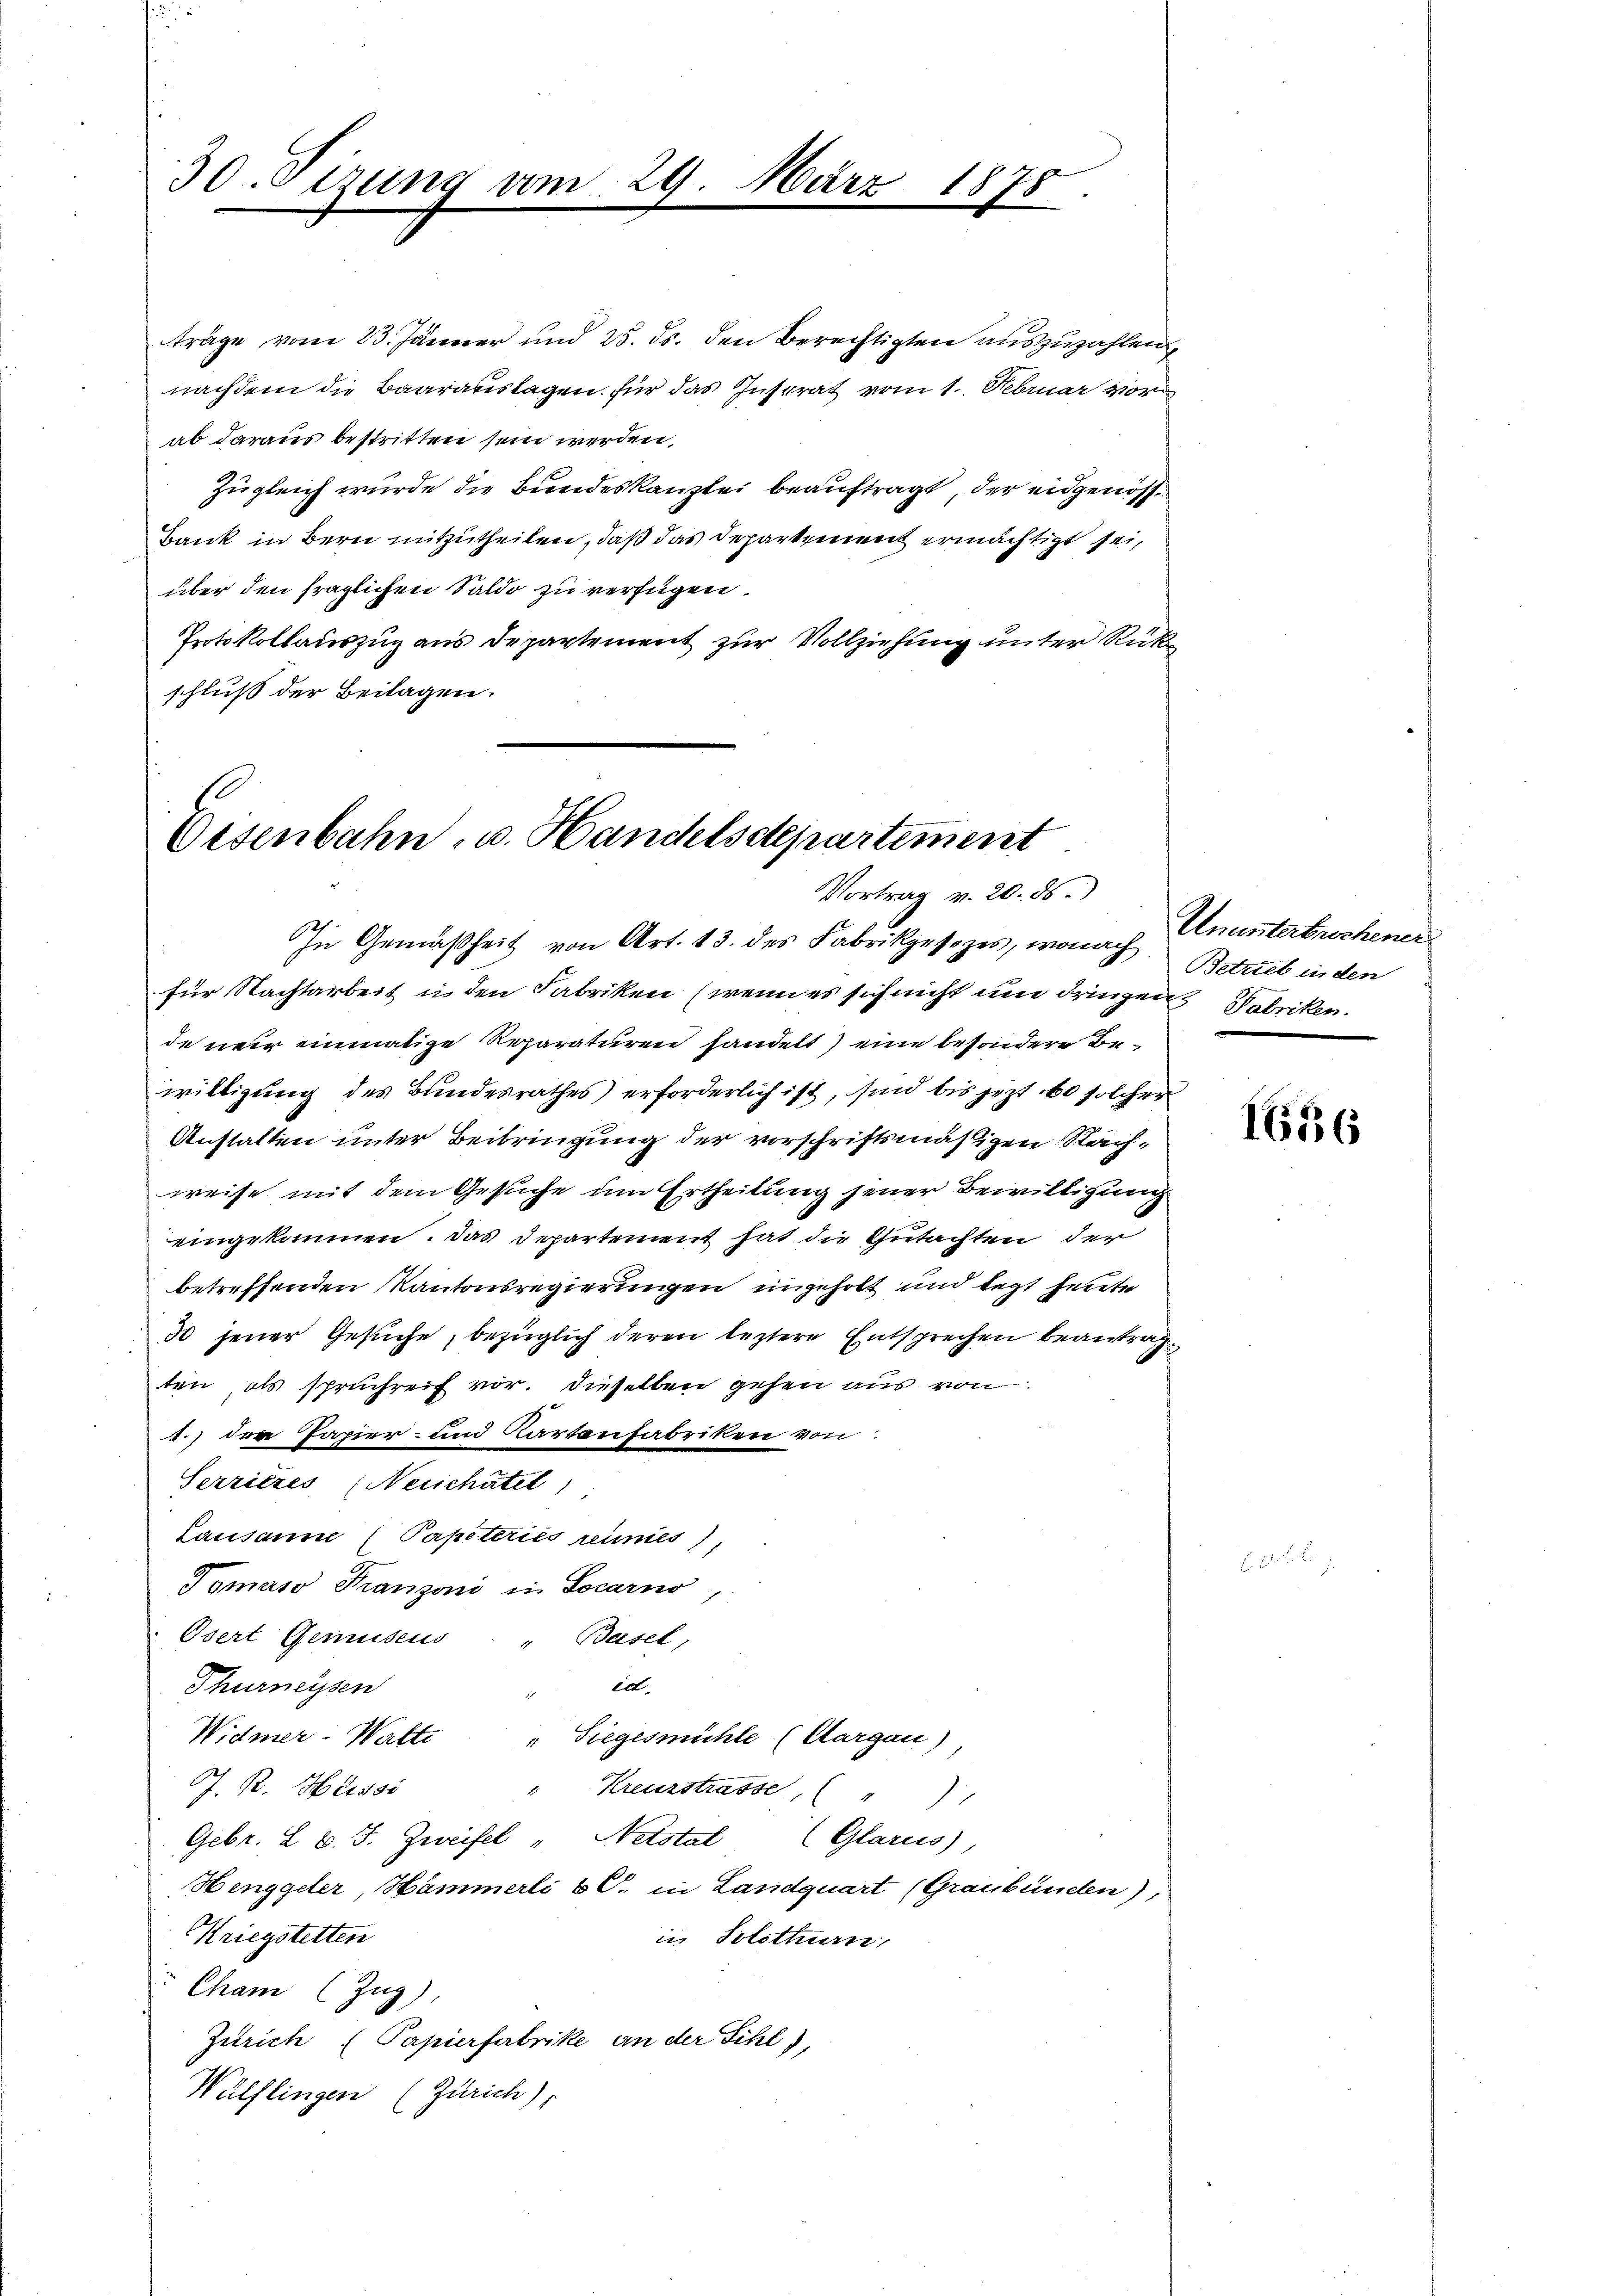
30. Sizung am

träge vom 23. Jänner und 25. ds. den Berechtigten auszuzahlen,
nachdem die Baarauslagen für das Instrat vom 1. Februar vor
ab daraus bestritten sein werden,
zugleich wurde die Bundeskanzlei beauftragt, der eidgenös¬
Bank in Bern mitzutheilen, daß das Departement ermächtigt sei,
über den fraglichen Saldo zu verfügen.
Protokollauszug aus Departement zur Vollziehung unter Rück
schluß der Beilagen.

LG.

Mus

Eisenbahn, u. Handelsdepartement
Vortrag v. 20. ds.

1115

In Gemäßheit von Art. 13. des Fabrikgesezes, wonach Betrieb in den
für Nachtarbeit in den Fabriken (wenn es sich nicht um dringen Fabriken.
de neur einmalige Reparaturen handelt) eine besondere Bewilligung des Bundesrathes erforderlich ist, sind bis jezt 60 solcher
Anstalten unter Beibringung der vorschriftsmäßigen Nachweise mit dem Gesuche um Ertheilung jener Bewilligung
eingekommen. Das Departement hat die Gutachten der
betreffenden Kantonsregierungen ungeholt und legt heute
30 jener Gesuche, bezüglich deren leztere Entsprechen beantrag
ten, als spruchreit vor. dieselben gehen aus von
1.) den Papier- und Kartenfabriken von
Serritzes (Neuchâtel
Lausanne (Papeteriis reines),
Tomaso Franzoni in Locarno
Osert Gemuseus " Basel,
eit
Thurneysen
Widmer-Watte
" Siegesmühle (Aargau)
"Kreuzstrasse, ("
J. R. Heissi
Febr. I S. J. Zweifel " Netstal (Glarus,
Henggeler, Hämmerli b S. in Landquart (Graubünden),
Kriegstetten
in Solothurn,
Cham (Zug),
Zürich (Papierfabrike an der Sihl),
Wülflingen (Zürich),

Ununterbrochener

1656